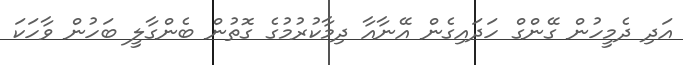
އަދި ދެމީހުން ގޭންގް ހަދައިގެން އޭނާއާ ދިމާކުރުމުގެ ގޮތުން ބެންގާލީ ބަހުން ވާހަކަ